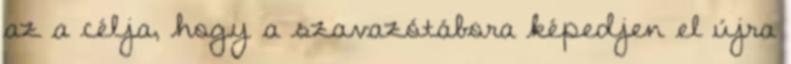
az a célja, hogy a szavazótábora képedjen el újra